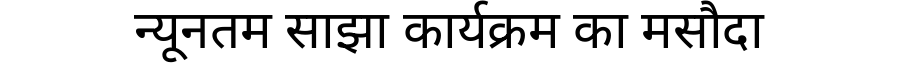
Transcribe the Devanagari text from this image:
न्यूनतम साझा कार्यक्रम का मसौदा